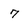
Character: 7